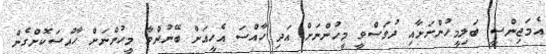
އެމަޖިންސީ ބަލިމީހުންނަށާއި ދުވަސްވީ މީހުންނަށް އަދި ހާއްސަ އެހީއަށް ބޭނުންވާ މީހުންނަށް ހާއްސަކޮށްގެން